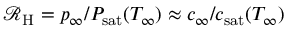
\mathcal { R } _ { \mathrm { H } } = p _ { \infty } / P _ { \mathrm { s a t } } ( T _ { \infty } ) \approx c _ { \infty } / c _ { \mathrm { s a t } } ( T _ { \infty } )